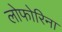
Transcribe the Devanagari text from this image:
लोफोरिना